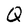
Character: Q